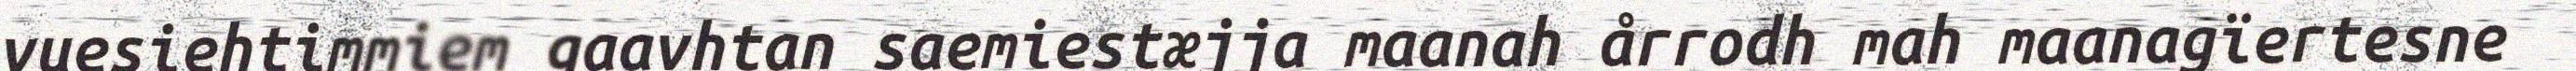
vuesiehtimmiem gaavhtan saemiestæjja maanah årrodh mah maanagïertesne